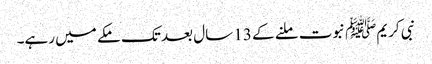
نبی کریمﷺ نبوت ملنے کے 13 سال بعد تک مکے میں رہے۔